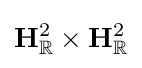
\mathbf {H} _{\mathbb {R} }^{2}\times \mathbf {H} _{\mathbb {R} }^{2}